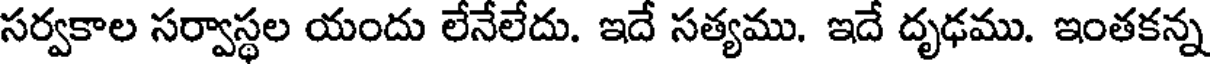
సర్వకాల సర్వాస్థల యందు లేనేలేదు. ఇదే సత్యము. ఇదే దృఢము. ఇంతకన్న